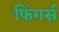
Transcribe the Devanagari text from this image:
फिंगर्स